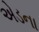
એડના